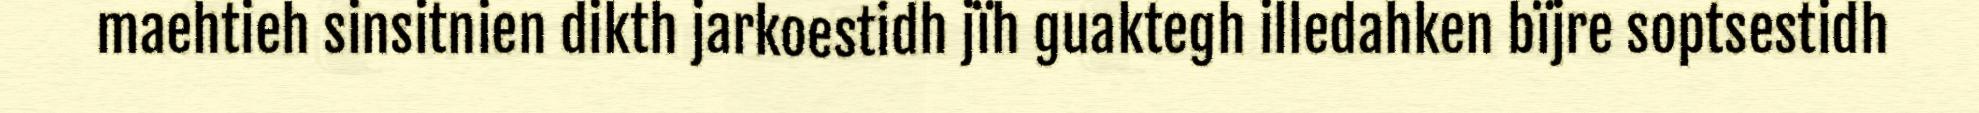
maehtieh sinsitnien dikth jarkoestidh jïh guaktegh illedahken bïjre soptsestidh